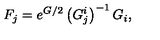
F _ { j } = e ^ { G / 2 } \left( G _ { j } ^ { i } \right) ^ { - 1 } G _ { i } ,